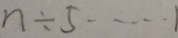
n \div 5 \cdots 1